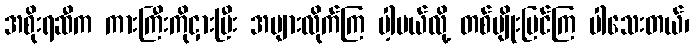
အစိုးရဆီက ကားကြီးကိုငှားပြီး အများလိုက်ကြ ပါ့မယ်လို့ တစ်မျိုးပြင်ကြ ပါသေးတယ်၊